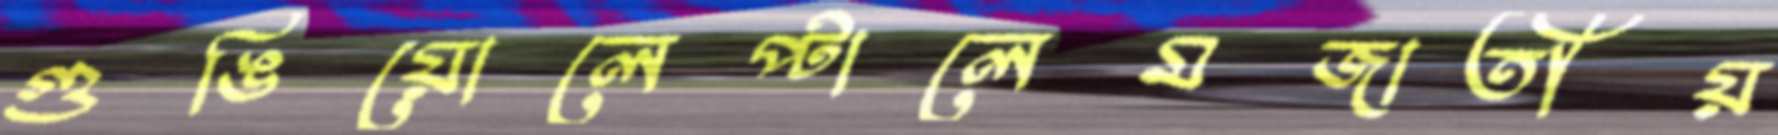
গুঙিয়োলেপ্‌টালেমজাতীয়